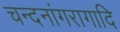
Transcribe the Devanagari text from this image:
चन्दनांगरागादि